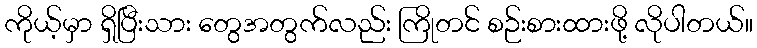
ကိုယ့်မှာ ရှိပြီးသား တွေအတွက်လည်း ကြိုတင် စဉ်းစားထားဖို့ လိုပါတယ်။